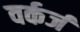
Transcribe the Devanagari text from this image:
वर्कर्ज